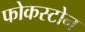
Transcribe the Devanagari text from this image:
फोकस्टोन